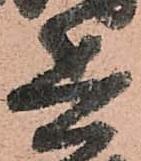
兵